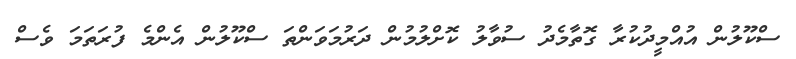
ސްކޫލުން އުއްމީދުކުރާ ގޮތާމެދު ސުވާލު ކޮށްލުމުން ދަރުމަވަންތަ ސްކޫލުން އެންމެ ފުރަތަމަ ވެސް